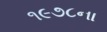
૧૯૭૮ના